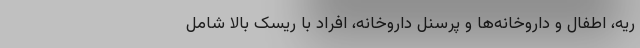
ریه، اطفال و داروخانه‌ها و پرسنل داروخانه، افراد با ریسک بالا شامل